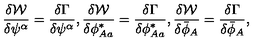
\frac { \delta { \cal W } } { \delta \psi ^ { \alpha } } = \frac { \delta \Gamma } { \delta \psi ^ { \alpha } } , \frac { \delta { \cal W } } { \delta \phi _ { A a } ^ { * } } = \frac { \delta \Gamma } { \delta \phi _ { A a } ^ { * } } , \frac { \delta { \cal W } } { \delta \bar { \phi } _ { A } } = \frac { \delta \Gamma } { \delta \bar { \phi } _ { A } } ,